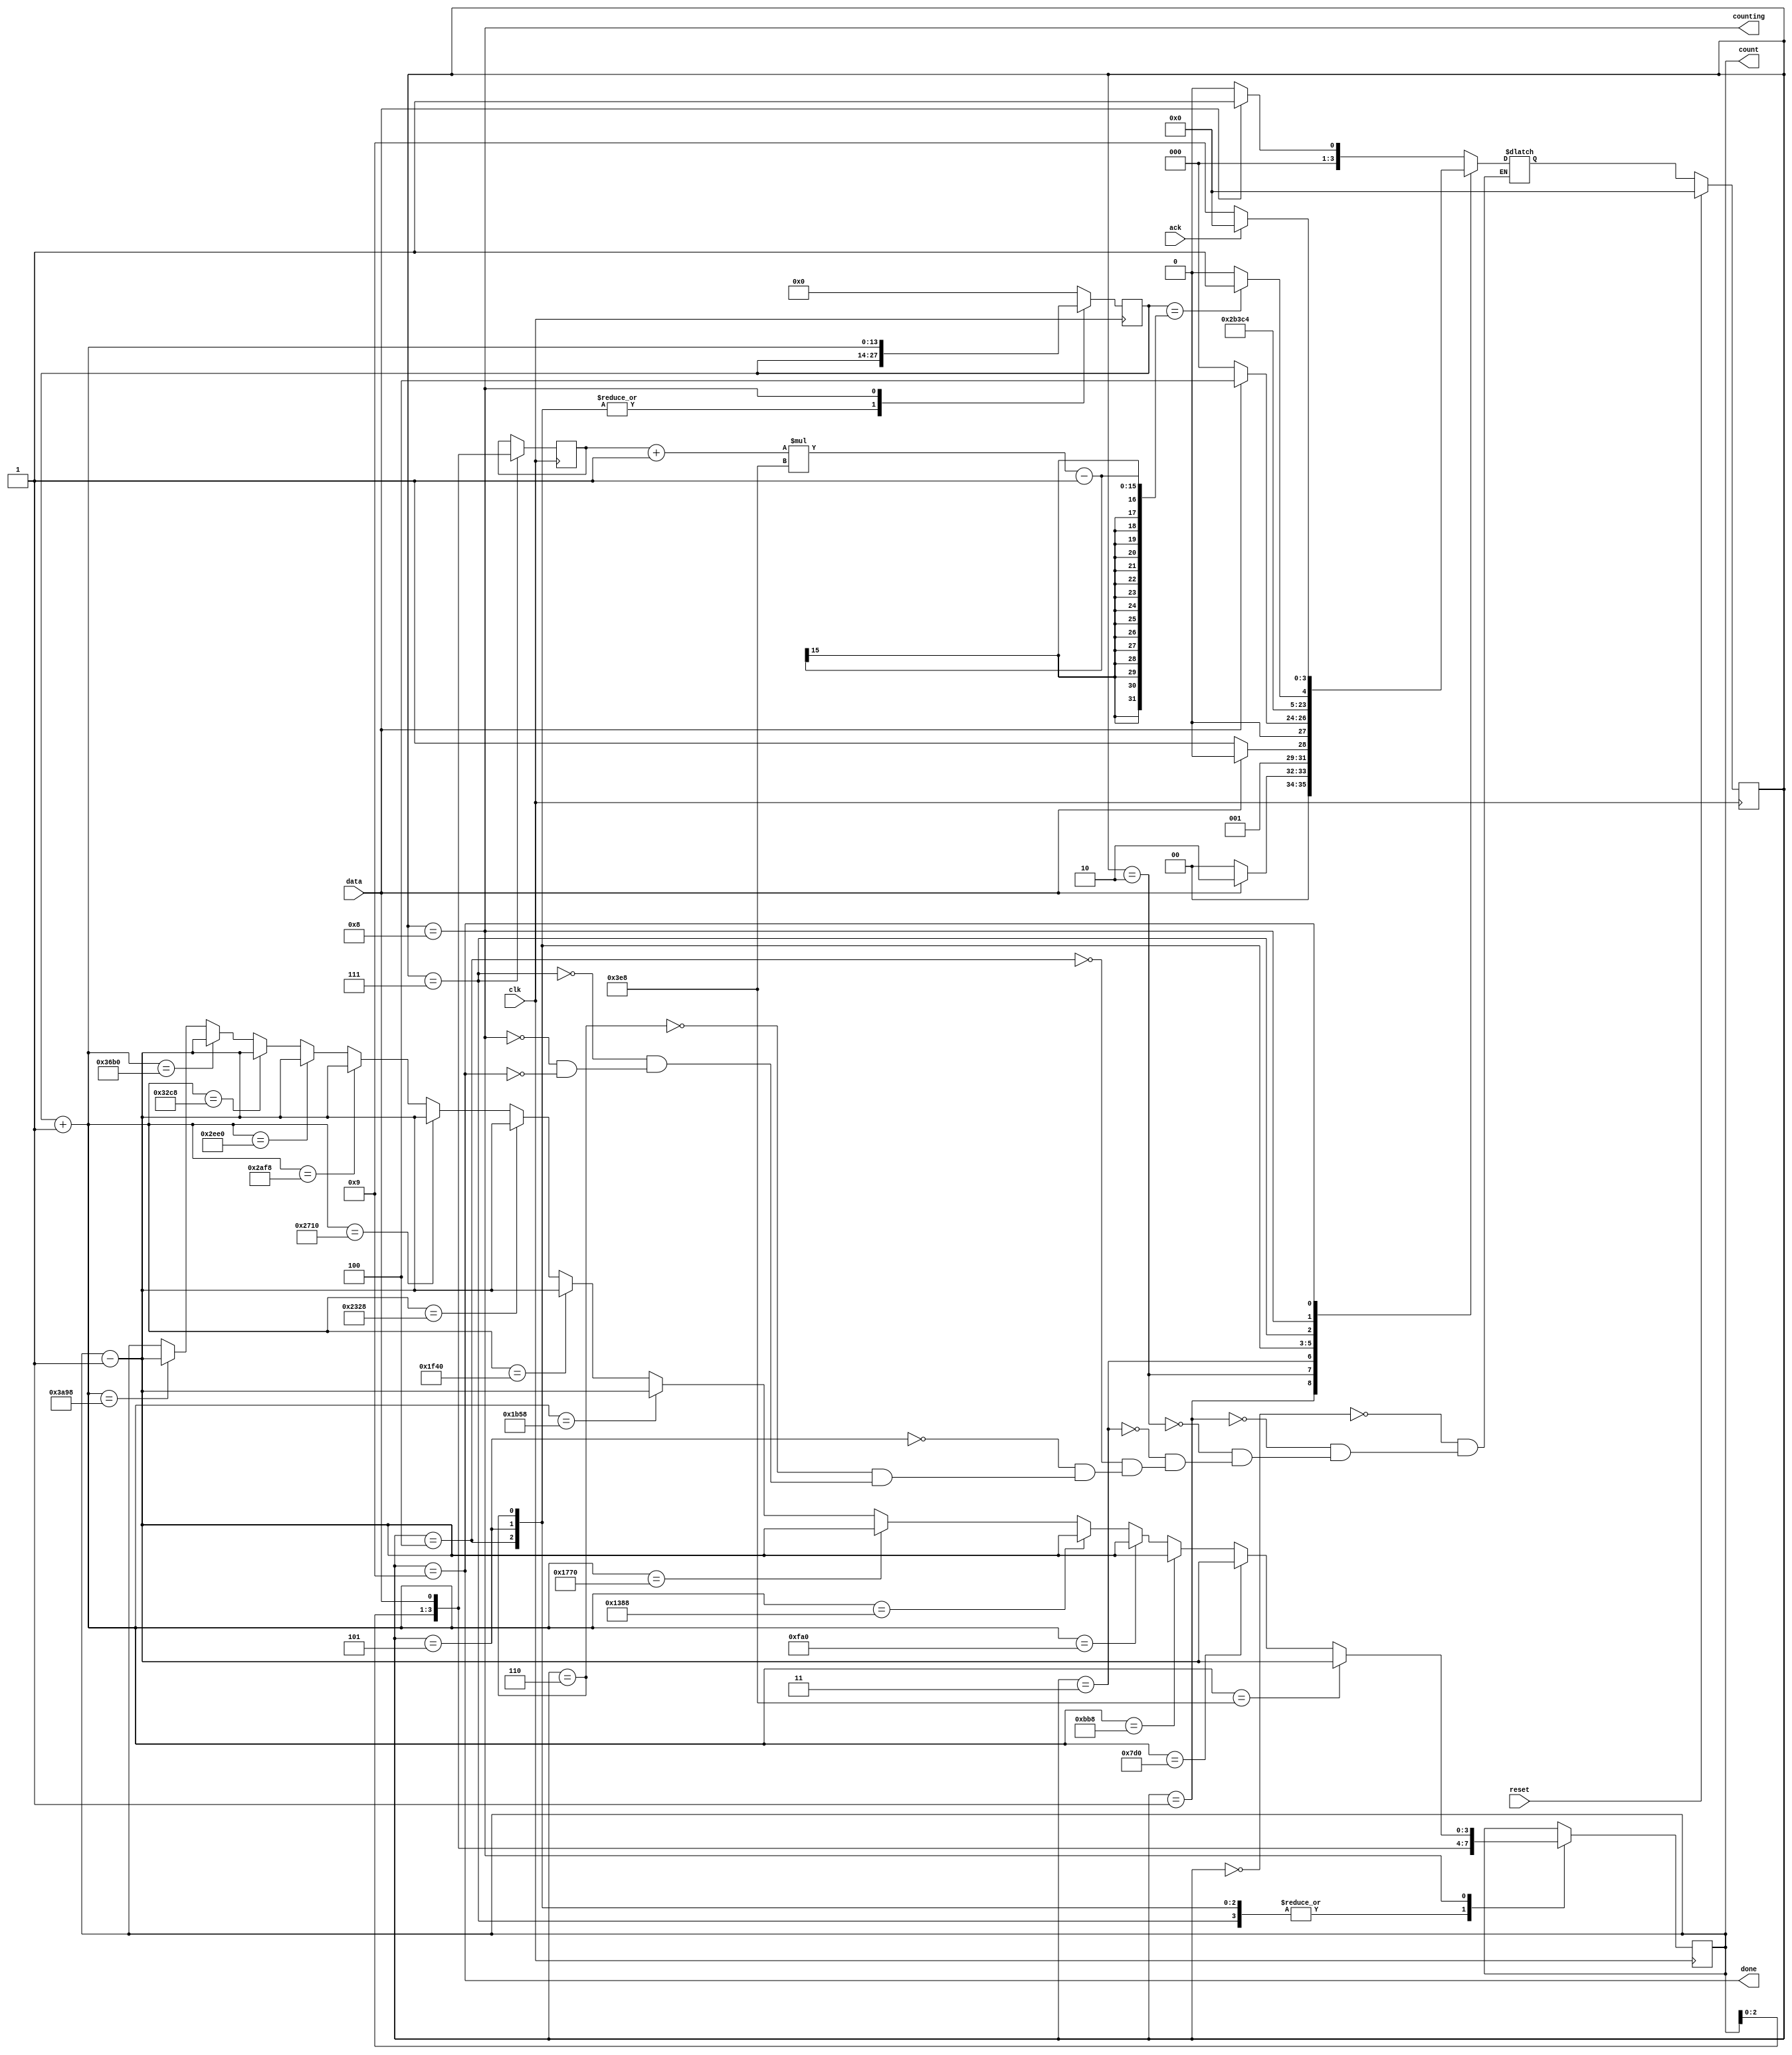
module top_module (
    input clk,
    input reset,      // Synchronous reset
    input data,
    output [3:0] count,
    output counting,
    output done,
    input ack );

    // count  1000cycle 1 -> 0 1000cycle
    
    parameter A = 0, B = 1, C = 2, D = 3; //1101
    parameter shift_S0 = 4, shift_S1 = 5, shift_S2 = 6, shift_S3 = 7; // 
    parameter count0 = 8; // 
    parameter wait0 = 9;  // act
    reg [13:0] count_total; // 14 bit 2^14 = 16384 15000
    reg [3:0] delay, delay0; // delayholdtotal delay0count1000cycle-1
    reg [3:0] next_state, state;
    
    always @(posedge clk) begin
        if (reset) begin
           state <= A; 
        end else begin
           state <= next_state; 
        end
    end
    
    always @(*) begin
        case (state)
            A: next_state = data ? B : A;
            B: next_state = data ? C : A;
            C: next_state = data ? C : D;
            D: next_state = data ? shift_S0 : A;
            shift_S0: next_state = shift_S1;
            shift_S1: next_state = shift_S2;
            shift_S2: next_state = shift_S3;
            shift_S3: next_state = count0;
            count0: next_state = (count_total == ((delay + 1)*1000)-1) ? wait0 : count0; //  (n*1000) -1 
            wait0: next_state = ack ? A : wait0;
        endcase
    end
    always @(posedge clk) begin
       
        case(state) 
            shift_S0: begin
                delay0 = {delay0[2:0], data}; // blocking<=  cycle
            end
            shift_S1: begin
                delay0 = {delay0[2:0], data};
            end
            shift_S2: begin
                delay0 = {delay0[2:0], data};
            end
            shift_S3: begin
                delay0 = {delay0[2:0], data}; 
                count_total = 0;
                delay <= delay0; // delay 999 or 1999 etc..
            end
            count0:begin
                count_total = count_total + 1; // count0 non-blocking
                // 0cycle1 submitcycle
                //  blocking   ~
                if (count_total == 1000) begin
                    delay0 <= delay0 -1;
                end else if (count_total == 2000) begin
                    delay0 <= delay0 -1;
                end else if (count_total == 3000) begin
                    delay0 <= delay0 -1;
                end else if (count_total == 4000) begin
                    delay0 <= delay0 -1;
                end else if (count_total == 5000) begin
                    delay0 <= delay0 -1;
                end else if (count_total == 6000) begin
                    delay0 <= delay0 -1;
                end else if (count_total == 7000) begin
                    delay0 <= delay0 -1;
                end else if (count_total == 8000) begin
                    delay0 <= delay0 -1;
                end else if (count_total == 9000) begin
                    delay0 <= delay0 -1;
                end else if (count_total == 10000) begin
                    delay0 <= delay0 -1;
                end else if (count_total == 11000) begin
                    delay0 <= delay0 -1;
                end else if (count_total == 12000) begin
                    delay0 <= delay0 -1;
                end else if (count_total == 13000) begin
                    delay0 <= delay0 -1;
                end else if (count_total == 14000) begin
                    delay0 <= delay0 -1;
                end else if (count_total == 15000) begin
                    delay0 <= delay0 -1;
                end else begin
                    delay0 <= delay0;
                end
            end
            default: count_total = 0;
        endcase
        
    end
    assign count = delay0;
    assign counting = (state == count0);
    assign done = (state == wait0);
    
endmodule